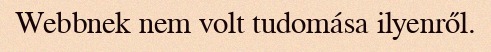
Webbnek nem volt tudomása ilyenről.